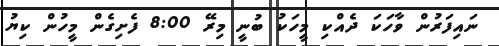
ނައިފަރުން ވާހަކަ ދެއްކި މީހަކު ބުނީ މިރޭ 8:00 ފެށިގެން މީހުން ކިޔު